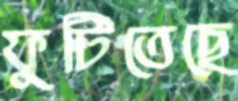
ফুটিতেছে